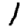
Digit: 1